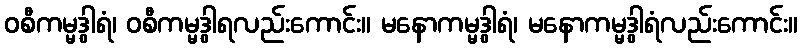
ဝစီကမ္မဒွါရံ၊ ဝစီကမ္မဒွါရလည်းကောင်း။ မနောကမ္မဒွါရံ၊ မနောကမ္မဒွါရံလည်းကောင်း။